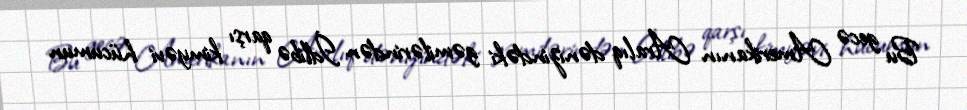
Bu gecə Amerikanın Aralıq dənizindəki gəmilərindən İdlibə qarşı kimyəvi hücumun